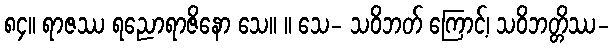
၈၄။ ရာဇဿ ရညောရာဇိနော သေ။ ။ သေ- သဝိဘတ် ကြောင့်၊ သဝိဘတ္တိဿ-